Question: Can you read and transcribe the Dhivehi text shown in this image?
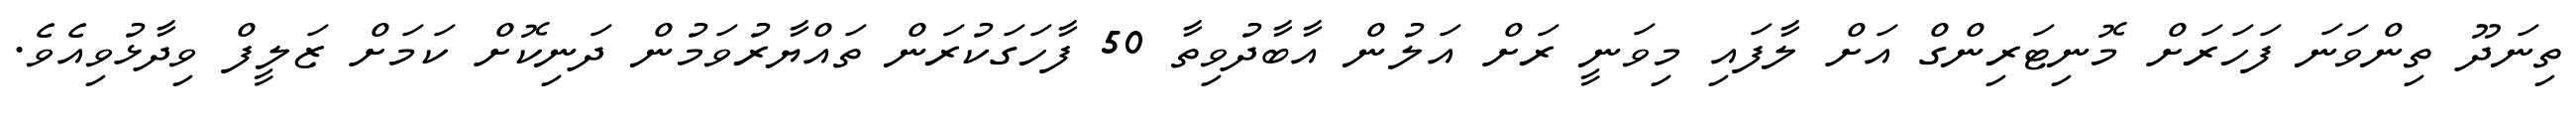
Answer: ތިނަދޫ ތިންވަނަ ފަހަރަށް މޮނިޓަރިންގް އަށް ލާފައި މިވަނީ ރަށް އަލުން އާބާދުވިތާ 50 ފާހަގަކުރަން ތައްޔާރުވަމުން ދަނިކޮށް ކަމަށް ޒަލީފް ވިދާޅުވިއެވެ.